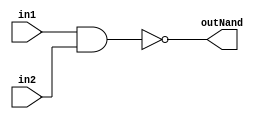
`timescale 1ns / 1ps
//================================================================
//                          Sys On Chip 
// 
// 
// Curso de programacin en lenguaje Verilog
// Ejercicio No. 4
// La puerta lgica NAND
// Tarjeta de desarrollo: Nexys A7
// 
// Circuito de una puerta lgica NAND
// 
//================================================================


module puertaNand(
    input in1, in2,
    output outNand
    );
    
    assign outNand = ~(in1 & in2);
endmodule